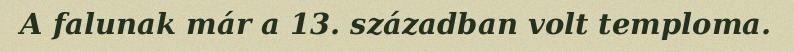
A falunak már a 13. században volt temploma.